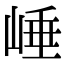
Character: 崜